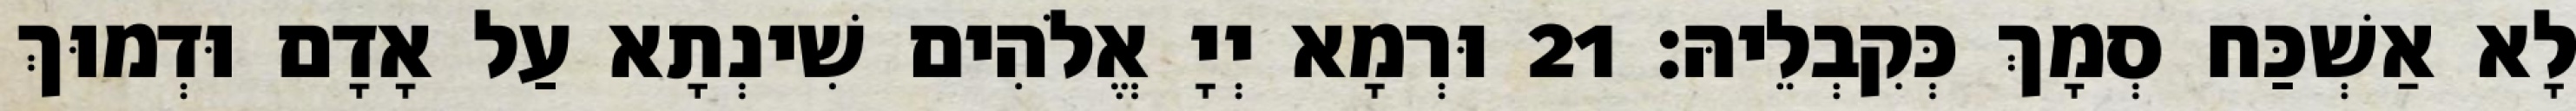
לָא אַשְׁכַּח סְמָךְ כְּקִבְלֵיהּ׃ 21 וּרְמָא יְיָ אֱלֹהִים שִׁינְתָא עַל אָדָם וּדְמוּךְ